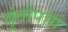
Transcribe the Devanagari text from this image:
वृंतोपांग